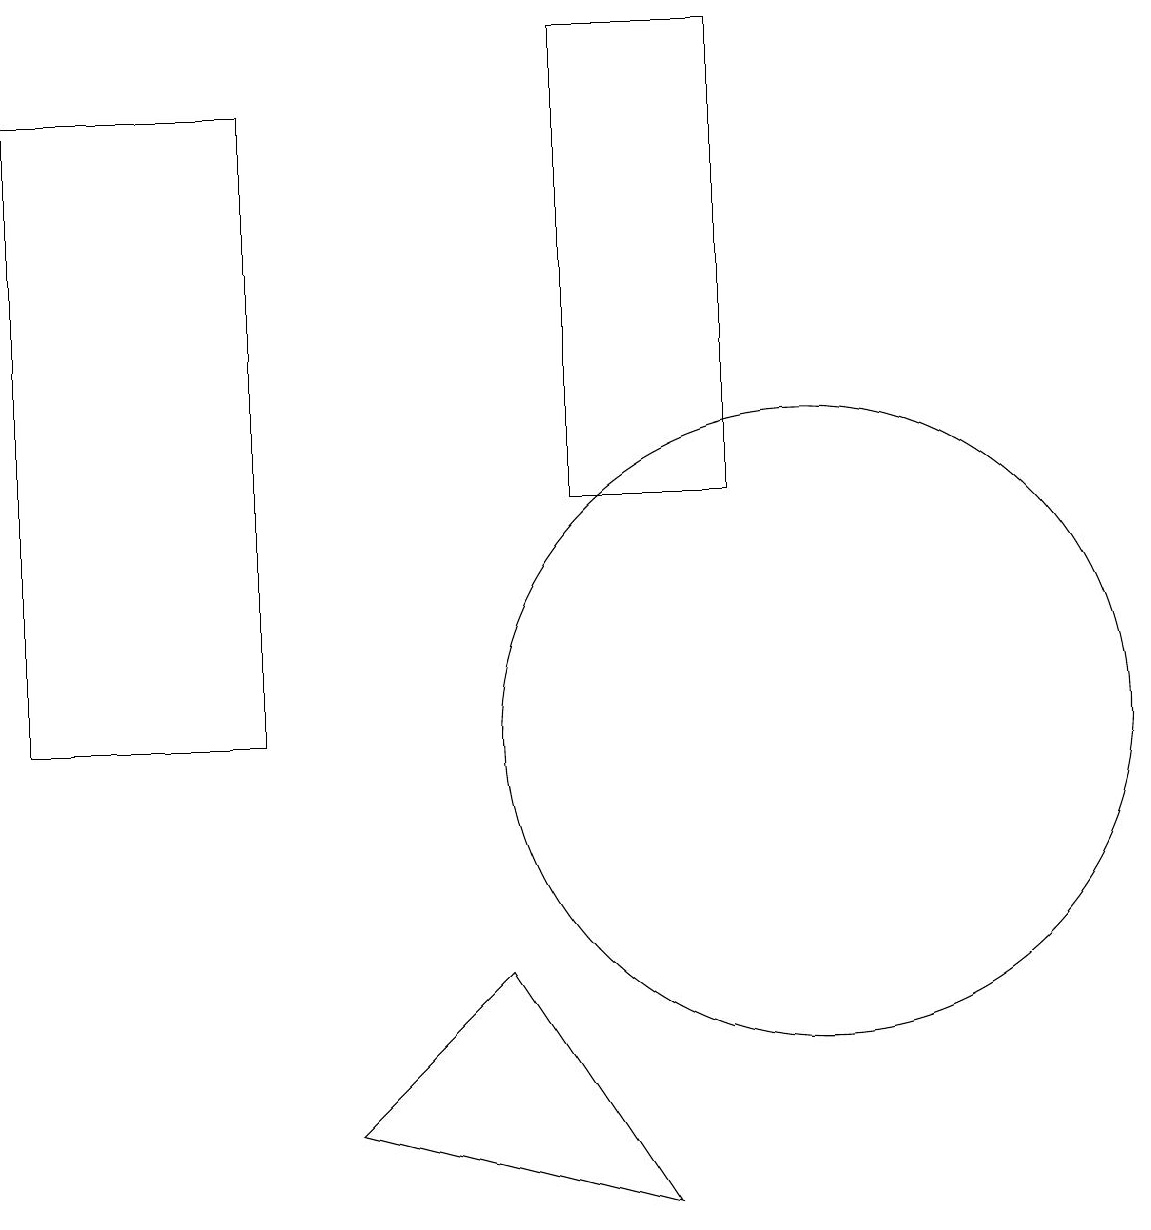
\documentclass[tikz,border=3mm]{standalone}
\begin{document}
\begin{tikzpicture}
\draw (4,5) -- (8,4) -- (6,7) -- cycle;
\draw (11,12) circle (0);
\draw (10,10) circle (4);
\draw (3,18) rectangle (0,10);
\draw (7,14) rectangle (7,17);
\draw (9,19) rectangle (7,13);
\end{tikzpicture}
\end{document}